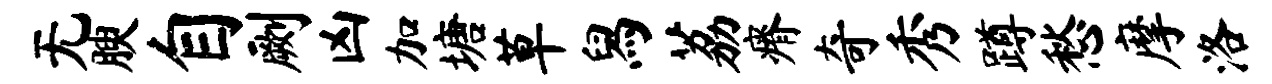
无腴自劂凶加塘草舄荔瘠奇秀蹲愁摩洛